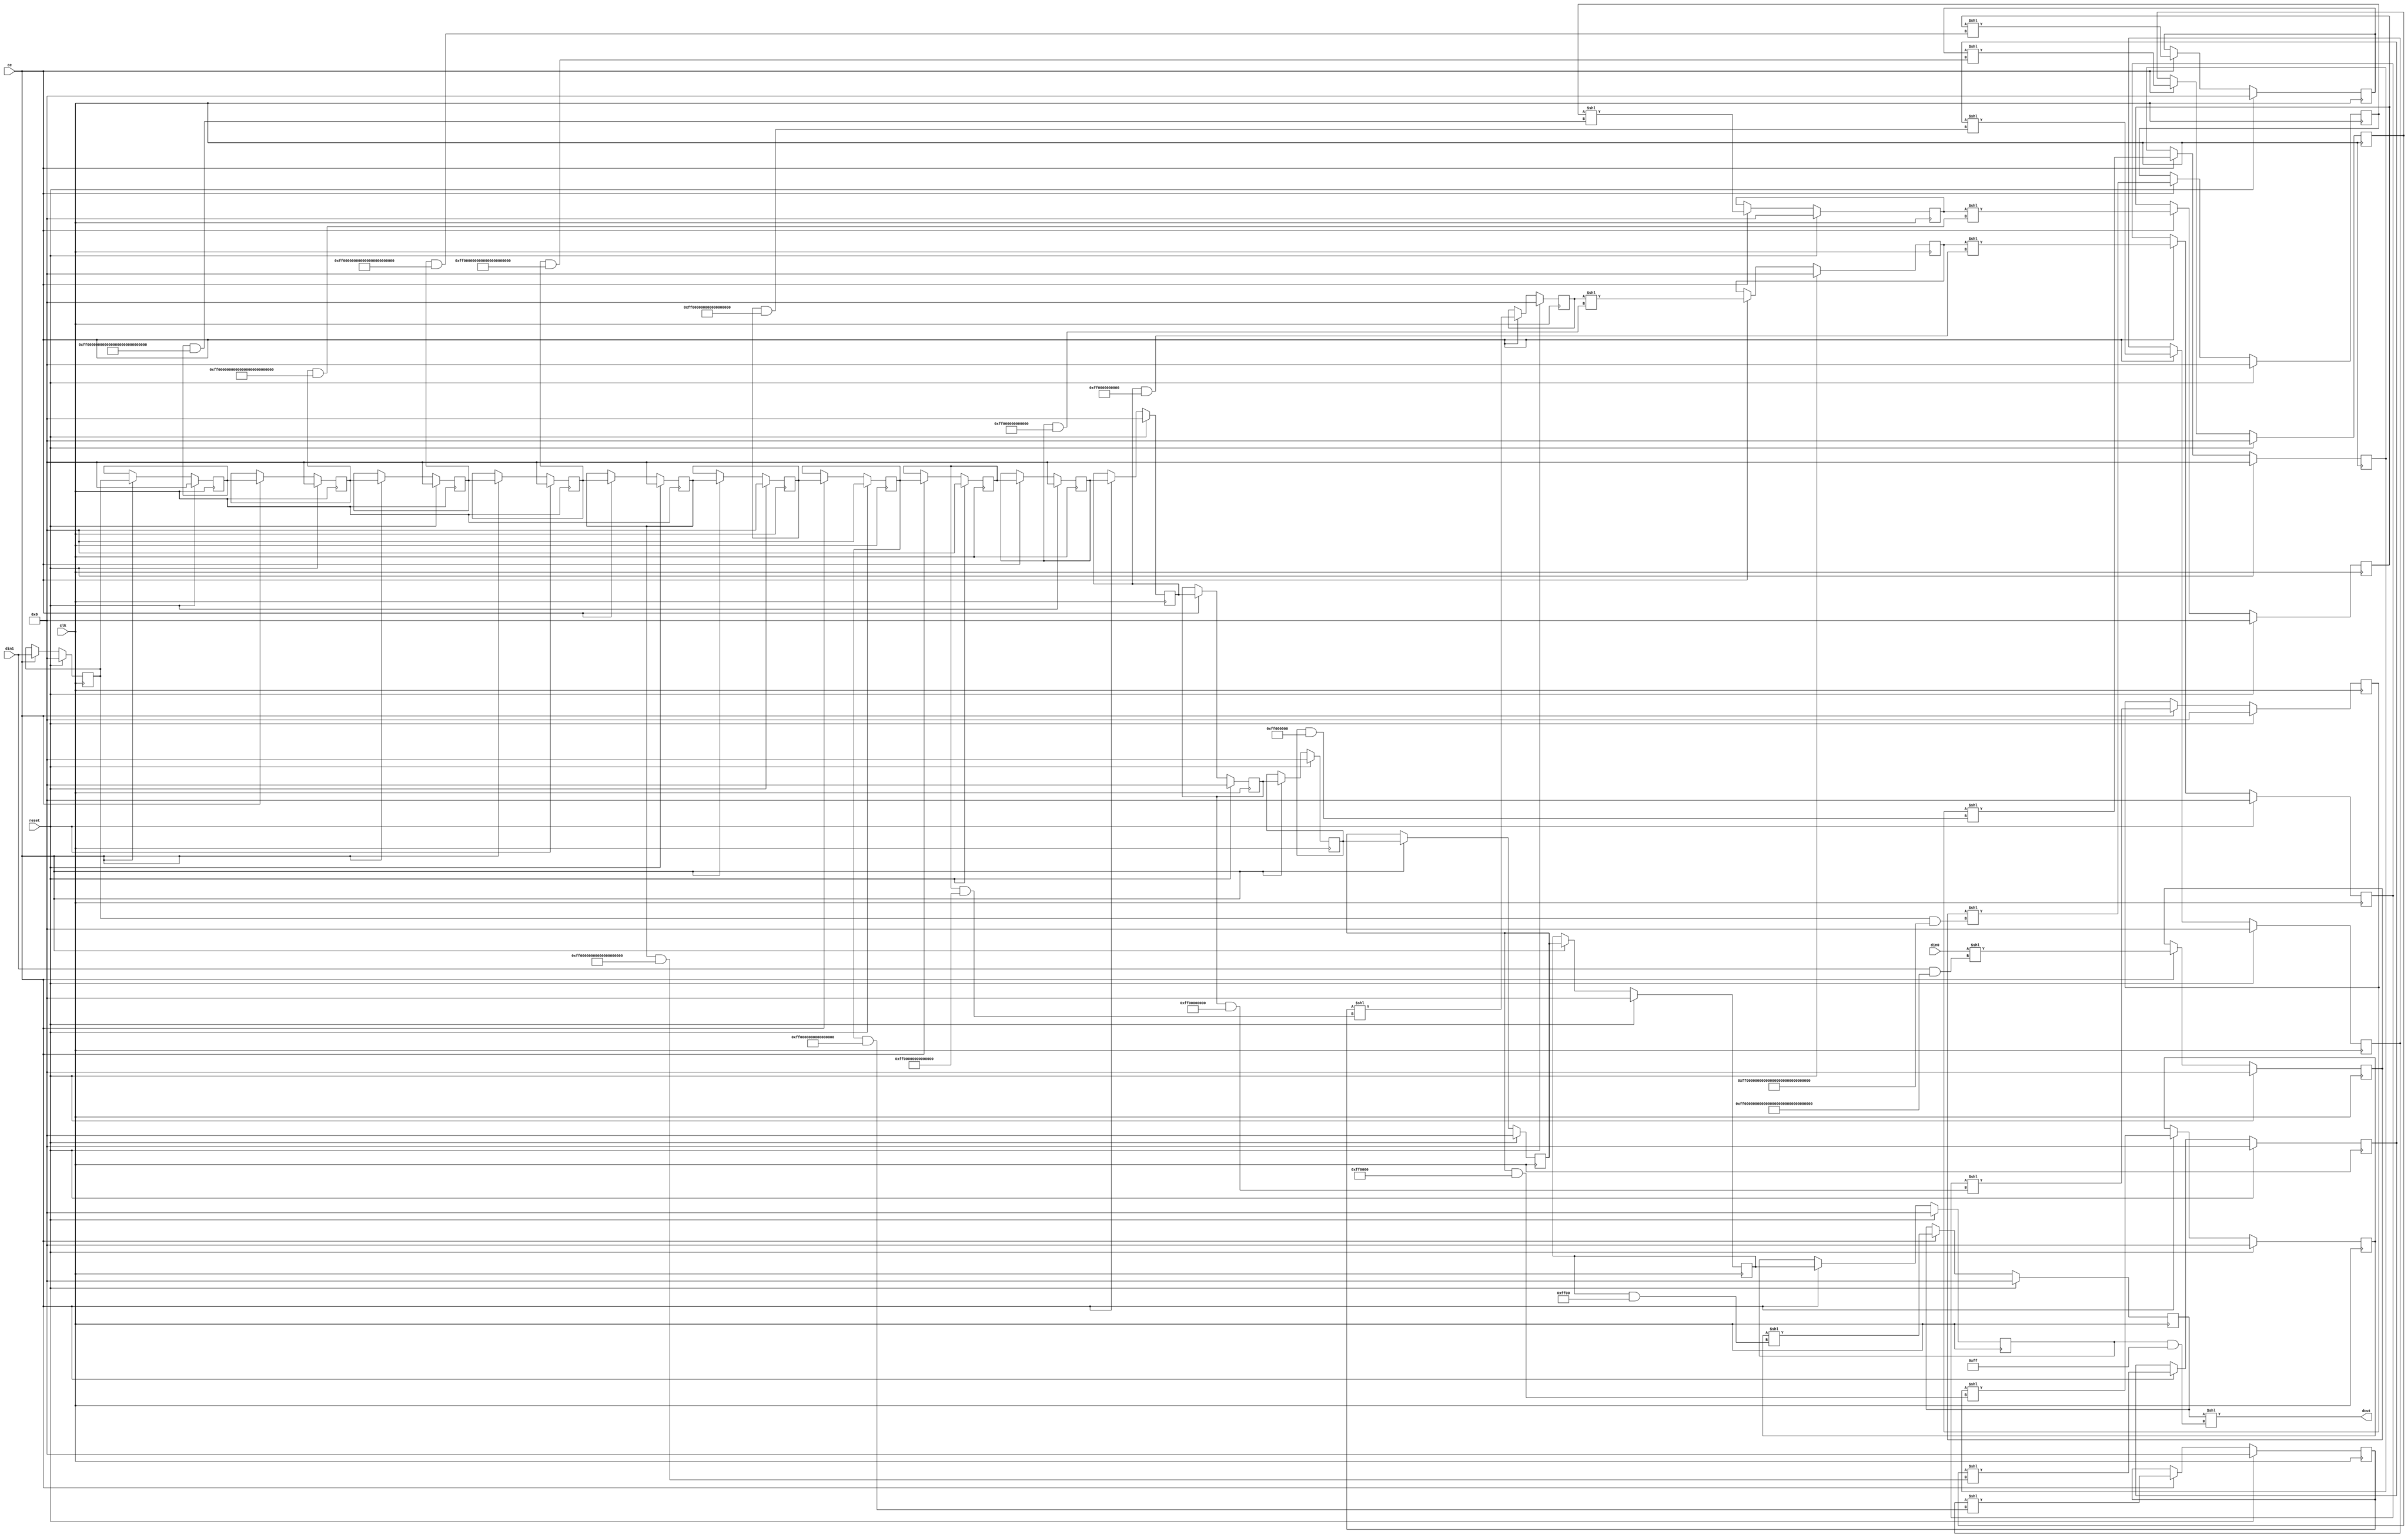
// ==============================================================
// File generated by Vivado(TM) HLS - High-Level Synthesis from C, C++ and SystemC
// Version: 2016.4
// Copyright (C) 1986-2017 Xilinx, Inc. All Rights Reserved.
// 
// ==============================================================


`timescale 1ns/1ps

module col2im_cpu_shl_13qcK
#(parameter
    ID = 1,             // core ID, unused in RTL
    din0_WIDTH = 136,   // data bitwidth
    din1_WIDTH = 136,     // shift control bitwidth
    dout_WIDTH = 136,   // output bitwidth
    OP = 0,             // opcode: 0-shl, 1-lshr, 2-ashr
    NUM_STAGE = 17       // stage number
)(
    input  wire                  clk,
    input  wire                  reset,
    input  wire                  ce,
    input  wire [din0_WIDTH-1:0] din0,
    input  wire [din0_WIDTH-1:0] din1,
    output reg  [dout_WIDTH-1:0] dout
);

//------------------------Parameter----------------------
localparam K = 1+((din1_WIDTH - 1)/NUM_STAGE);
localparam LATENCY = NUM_STAGE -1;

//------------------------Local signal-------------------
reg  [dout_WIDTH-1:0] dout_array[LATENCY-1:0];
reg  [din1_WIDTH-1:0] din1_cast_array[LATENCY-1:0];
wire [din1_WIDTH-1:0] din1_cast;
wire [din1_WIDTH-1:0] din1_mask;

//------------------------Body---------------------------
always @(posedge clk) begin
    if (reset == 1'b1) begin
        dout_array[0] <= {din0_WIDTH{1'b0}};
        din1_cast_array[0] <= {din1_WIDTH{1'b0}};
    end else if (ce) begin
        case (OP)
            0: dout_array[0] <= din0<<(din1_cast&(din1_mask<<(LATENCY*K)));
            1: dout_array[0] <= din0>>(din1_cast&(din1_mask<<(LATENCY*K)));
            2: dout_array[0] <= $signed(din0)>>>(din1_cast&(din1_mask<<(LATENCY*K)));
            default: dout_array[0] <= dout_array[0];
        endcase
        din1_cast_array[0] <= din1_cast;
    end
end

genvar i;
generate for (i=1; i<LATENCY; i=i+1) begin:pipeshift
    always @(posedge clk) begin
        if (reset == 1'b1) begin
            dout_array[i] <= {din0_WIDTH{1'b0}};
            din1_cast_array[i] <= {din1_WIDTH{1'b0}};
        end else if (ce) begin
            case (OP)
                0: dout_array[i] <= dout_array[i-1]<<(din1_cast_array[i-1]&(din1_mask<<((LATENCY-i)*K)));
                1: dout_array[i] <= dout_array[i-1]>>(din1_cast_array[i-1]&(din1_mask<<((LATENCY-i)*K)));
                2: dout_array[i] <= $signed(dout_array[i-1])>>>(din1_cast_array[i-1]&(din1_mask<<((LATENCY-i)*K)));
                default: dout_array[i] <= dout_array[i];
            endcase
            din1_cast_array[i] <= din1_cast_array[i-1];
        end
    end
end endgenerate

always @(*) begin
    case (OP)
        0: dout = dout_array[LATENCY-1]<<(din1_cast_array[LATENCY-1]&din1_mask);
        1: dout = dout_array[LATENCY-1]>>(din1_cast_array[LATENCY-1]&din1_mask);
        2: dout = $signed(dout_array[LATENCY-1])>>>(din1_cast_array[LATENCY-1]&din1_mask);
        default: dout = {dout_WIDTH{1'b0}};
    endcase
end

assign din1_mask = {{(din1_WIDTH-K){1'b0}},{K{1'b1}}};
assign din1_cast = $unsigned(din1[din1_WIDTH-1:0]);

endmodule